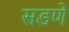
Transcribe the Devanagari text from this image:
सडणे